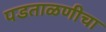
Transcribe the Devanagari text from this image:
पडताळणीचा